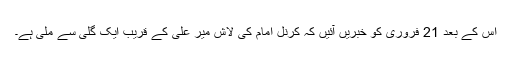
اس کے بعد 21 فروری کو خبریں آئیں کہ کرنل امام کی لاش میر علی کے قریب ایک گلی سے ملی ہے۔